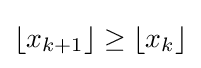
\lfloor x_{k+1}\rfloor \geq \lfloor x_{k}\rfloor